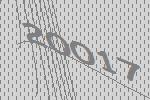
20017